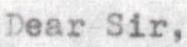
Dear Sir,